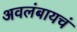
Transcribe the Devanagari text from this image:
अवलंबायचं